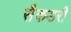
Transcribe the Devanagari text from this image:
सैकडरी